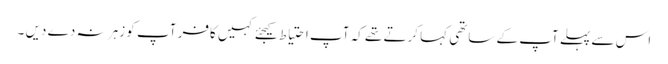
اس سے پہلے آپ کے ساتھی کہا کرتے تھے کہ آپ احتیاط کیجئے کہیں کافر آپ کو زہر نہ دے دیں ۔